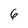
Character: 6